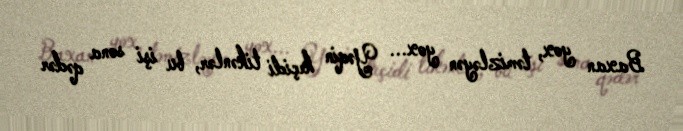
Baxan yox, təmizləyən yox... Yəqin keçidi tikənlər, bu işi sona qədər